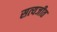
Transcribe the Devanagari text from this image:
सत्‍यजीत